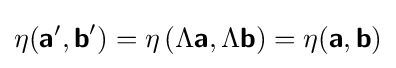
\eta ({\boldsymbol {\mathsf {a}}}',{\boldsymbol {\mathsf {b}}}')=\eta \left(\Lambda {\boldsymbol {\mathsf {a}}},\Lambda {\boldsymbol {\mathsf {b}}}\right)=\eta ({\boldsymbol {\mathsf {a}}},{\boldsymbol {\mathsf {b}}})